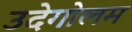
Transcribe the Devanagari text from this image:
उदेगोलम